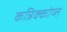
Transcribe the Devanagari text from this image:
कन्निक्कोय्त्त